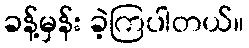
ခန့်မှန်း ခဲ့ကြပါတယ်။